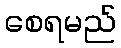
စေရမည်